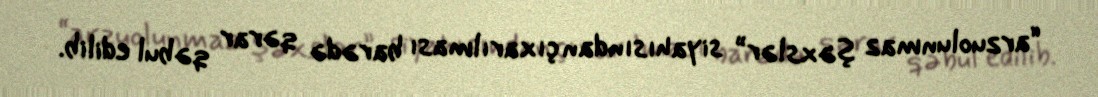
“arzuolunmaz şəxslər” siyahısından çıxarılması barədə qərar qəbul edilib.